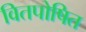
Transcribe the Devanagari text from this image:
वितपोषित